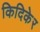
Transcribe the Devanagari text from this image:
किदिकेर